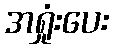
အရှုံးပေး